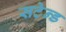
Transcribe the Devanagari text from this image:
सटेन्ड